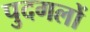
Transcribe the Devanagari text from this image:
पुदगलों